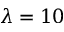
\lambda = 1 0